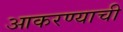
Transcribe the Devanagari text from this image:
आकरण्याची